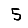
Digit: 5